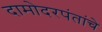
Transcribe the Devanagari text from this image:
दामोदरपंतांचे